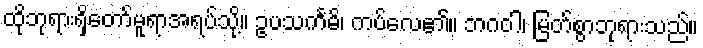
ထိုဘုရားရှိတော်မူရာအရပ်သို့။ ဥပသင်္ကမိ၊ ကပ်လေ၏။ ဘဂဝါ၊ မြတ်စွာဘုရားသည်။